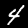
Digit: 4